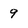
Character: 9